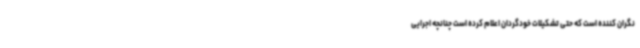
نگران کننده است که حتی تشکیلات خودگردان اعلام کرده است چنانچه اجرایی